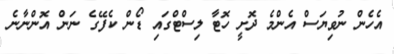
އެހެން ނުވިޔަސް އެންމެ ދޮށީ ހޮޓާ ލިސްޓްގައި ޑޯން ކެފޭގެ ނަން އޮންނާނެ